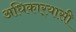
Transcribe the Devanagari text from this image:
अधिकार्‍यासी